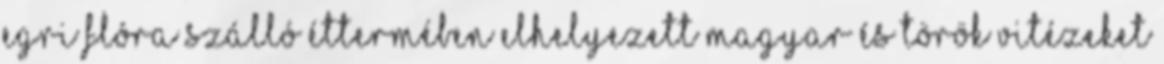
egri Flóra szálló éttermében elhelyezett magyar és török vitézeket